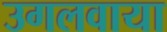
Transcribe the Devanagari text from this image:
उगलवाया